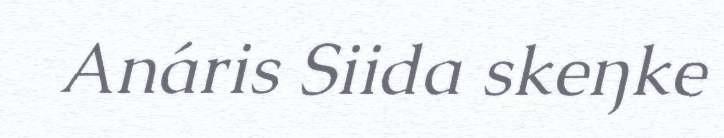
Anáris Siida skeŋke